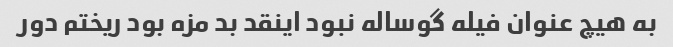
به هیچ عنوان فیله گوساله نبود اینقد بد مزه بود ریختم دور